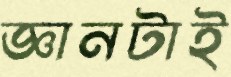
জ্ঞানটাই